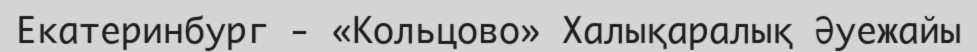
Екатеринбург - «Кольцово» Халықаралық Әуежайы